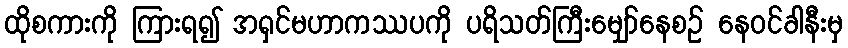
ထိုစကားကို ကြားရ၍ အရှင်မဟာကဿပကို ပရိသတ်ကြီးမျှော်နေစဉ် နေဝင်ခါနီးမှ